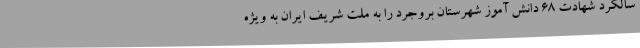
سالگرد شهادت 68 دانش آموز شهرستان بروجرد را به ملت شریف ایران به ویژه